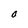
Character: a